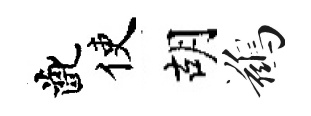
齔使胡鷀